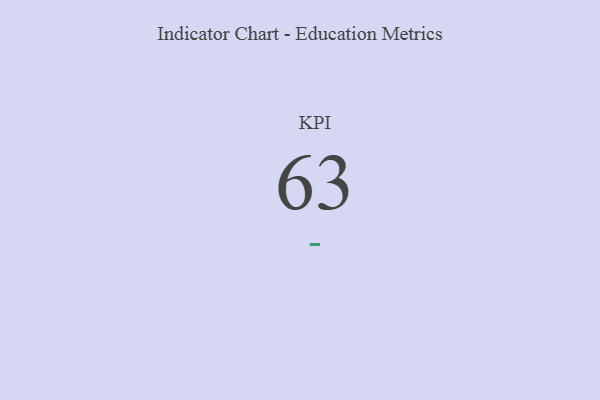
{"axis": {"x": "KPI", "y": "Value"}, "legend": [""], "data": [{"x": "KPI", "y": 63, "type": ""}]}